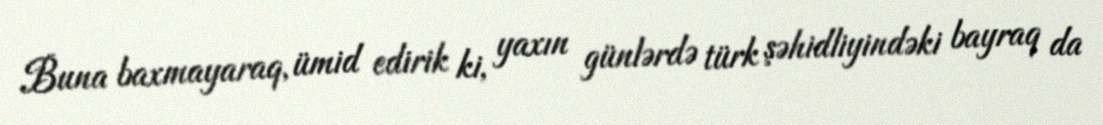
Buna baxmayaraq, ümid edirik ki, yaxın günlərdə türk şəhidliyindəki bayraq da